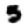
Digit: 3